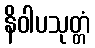
နိဝါပသုတ္တံ